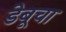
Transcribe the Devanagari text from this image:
डेबूचा